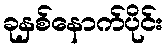
ခုနှစ်နောက်ပိုင်း